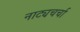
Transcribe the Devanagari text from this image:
नाट्यचर्चा